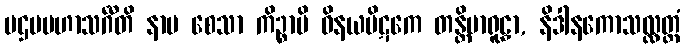
ပဌမမဟာသင်္ဂီတိ နာမ စေသာ ကိဉ္စာပိ ဝိနယပိဋကေ တန္တိမာရူဠှာ, နိဒါနကောသလ္လတ္ထံ